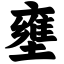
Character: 壅